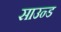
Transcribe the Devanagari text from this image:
साउन्‍ड